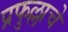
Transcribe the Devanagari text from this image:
प्रफुल्लाचे